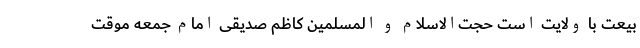
بیعت با ولایت است حجت‌الاسلام و المسلمین کاظم صدیقی امام جمعه موقت